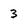
Character: 3